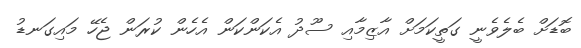
ބޮޑަށް ބެލެވެނީ ގަތީކަމަށް އާޒިމާއި ސޫދު އެކަންކަން އެހެން ކުރަން ޖެހޭ މައިގަނޑު